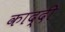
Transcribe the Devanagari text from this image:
काद्दी